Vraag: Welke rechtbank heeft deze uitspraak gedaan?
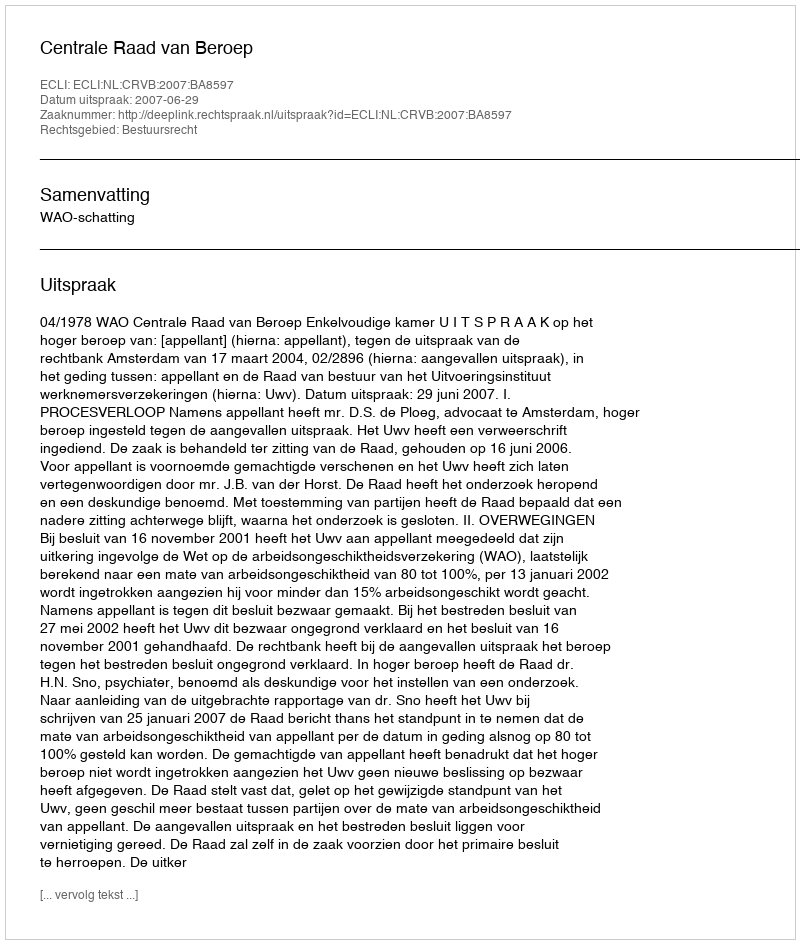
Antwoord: Centrale Raad van Beroep